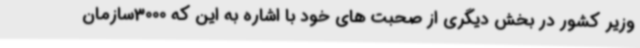
وزیر کشور در بخش دیگری از صحبت های خود با اشاره به این که 3000سازمان